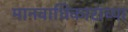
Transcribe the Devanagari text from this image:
मानवाधिकारांच्या